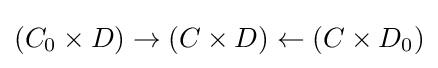
(C_{0}\times D)\to (C\times D)\leftarrow (C\times D_{0})